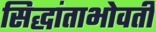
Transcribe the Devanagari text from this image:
सिद्धांताभोवती